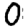
Digit: 0